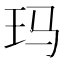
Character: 玛